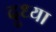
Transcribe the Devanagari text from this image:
दुध्या